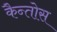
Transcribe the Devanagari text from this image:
कैन्तोस